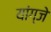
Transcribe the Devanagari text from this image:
यांग्जे